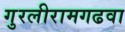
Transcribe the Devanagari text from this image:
गुरलीरामगढवा